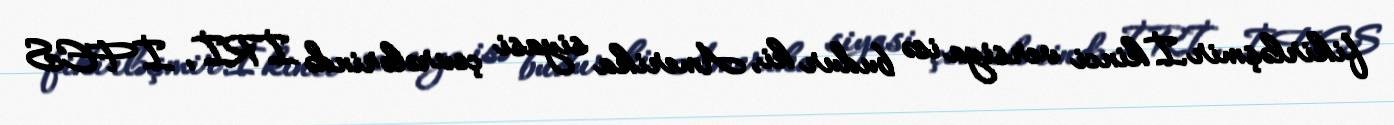
fikirləşmir.İkinci versiya isə budur ki, Amerika siyasi çevrələrində İRİ, İFES